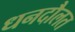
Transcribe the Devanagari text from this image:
धनदौलत